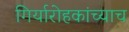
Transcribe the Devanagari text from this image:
गिर्यारोहकांच्याच